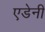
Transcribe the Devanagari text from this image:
एडेनी